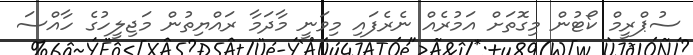
ސުޕްރީމް ކޯޓުން މިގޮތަށް އަމުރެއް ނެރެފައި މިވަނީ މާދަމާ ރައްޔިތުން މަޖިލީހުގެ ހާއްސަ